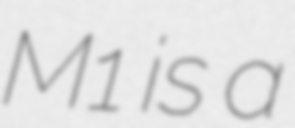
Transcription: M1 is a